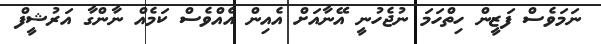
ނަމަވެސް ފަޒީން ހިތްހަމަ ނުޖެހުނީ އޭނާއަށް އެއިން އެއްވެސް ކަމެއް ނާންގާ އަރުޝީފް